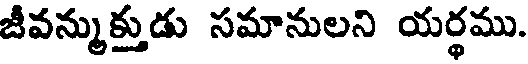
జీవన్ముక్తుడు సమానులని యర్థము.